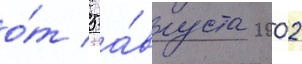
о́т 5 а́вгуста 2002